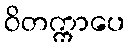
ဝိတက္ကာပေ